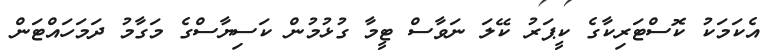
އެކަމަކު ކޮސްޓަރިކާގެ ކީޕަރު ކޭލަ ނަވާސް ޓީމާ ގުޅުމުން ކަސިޔާސްގެ މަގާމު ދަމަހައްޓަން